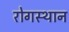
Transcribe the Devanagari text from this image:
रोगस्थान